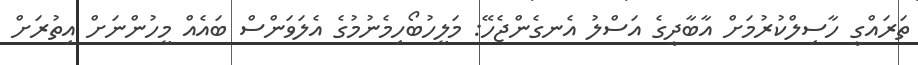
ތަރައްގީ ހާސިލްކުރުމަށް އާބާދީގެ އަސްލު އެނގެންޖެހޭ: މަލީހުބޯހިމެނުމުގެ އެލަވަންސް ބައެއް މީހުންނަށް އިތުރަށް